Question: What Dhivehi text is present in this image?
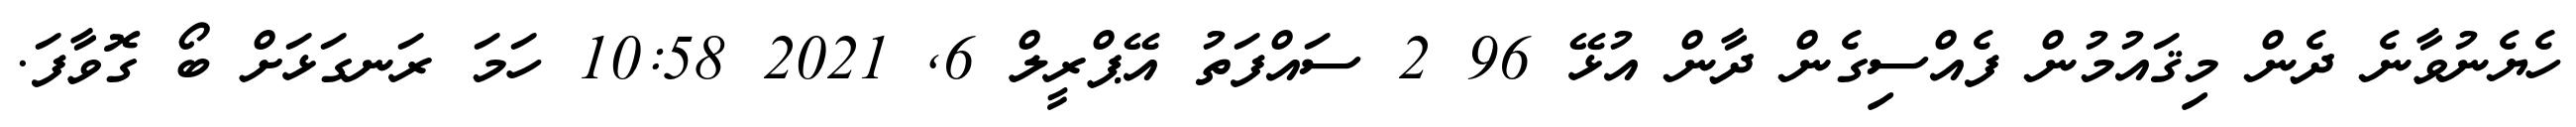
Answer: ހެޔެނުވާނެ ދެން މިޤައުމުން ފެއްސިގެން ދާން އުޅޭ 96 2 ސައްފަތު އޭޕްރީލް 6, 2021 10:58 ހަމަ ރަނގަޅަށް ބޯ ގޮވާފަ.